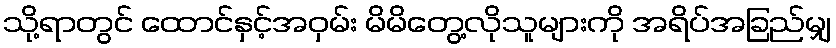
သို့ရာတွင် ထောင်နှင့်အဝှမ်း မိမိတွေ့လိုသူများကို အရိပ်အခြည်မျှ